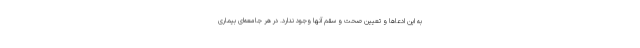
به این ادعاها و تعیین صحت و سقم آنها وجود ندارد. در هر جامعه‌ای بیماری